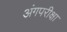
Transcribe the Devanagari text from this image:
अंगपरीक्षा